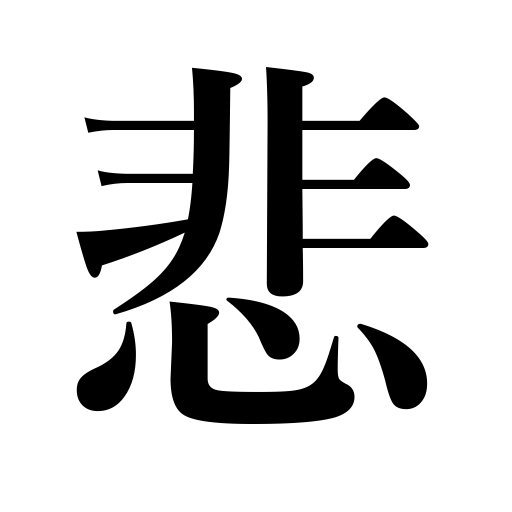
Meanings: grieve,regret,pathetic,plaintive,sad,mourn for,be sad,deplore